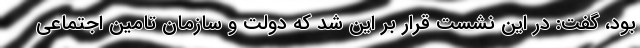
بود، گفت: در این نشست قرار بر این شد که دولت و سازمان تامین اجتماعی